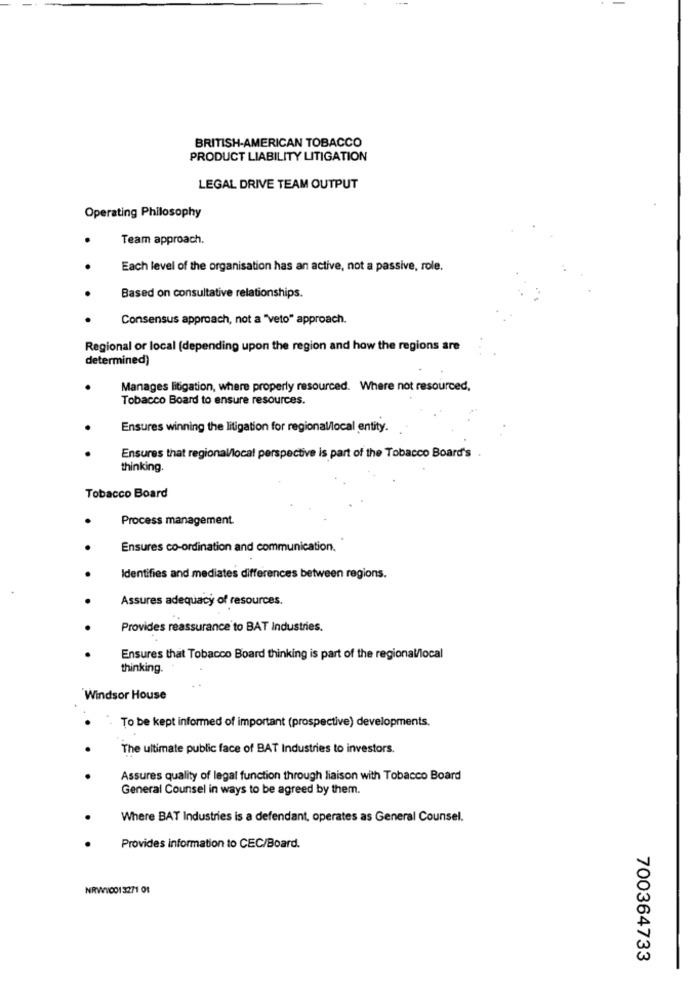
BRITISH-AMERICAN TOBACCO
PRODUCT LIABILITY LITIGATION
LEGAL DRIVE TEAM OUTPUT
Operating Philosophy
Team approach.
Each level of the organisation has an active, not a passive, role.
Based on consultative relationships.
Consensus approach, not a "Veto" approach.
Regional or local (depending upon the region and how the regions are
determined)
Manages litigation, where properly resourced. Where not resourced,
Tobacco Board to ensure resources.
Ensures winning the litigation for regional/local entity.
Ensures that regional/local perspective is part of the Tobacco Board's
thinking.
Tobacco Board
Process management.
Ensures co-ordination and communication.
Identifies and mediates differences between regions.
Assures adequacy of resources.
Provides reassurance to BAT Industries.
Ensures that Tobacco Board thinking is part of the regional/local
thinking.
Windsor House
To be kept informed of important (prospective) developments.
The ultimate public face of BAT Industries to investors.
Assures quality of legal function through liaison with Tobacco Board
General Counsel in ways to be agreed by them.
Where BAT Industries is a defendant, operates as General Counsel.
Provides information to CEC/Board.
NRW10013271 OF
700364733